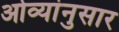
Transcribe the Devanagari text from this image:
ओव्यांनुसार